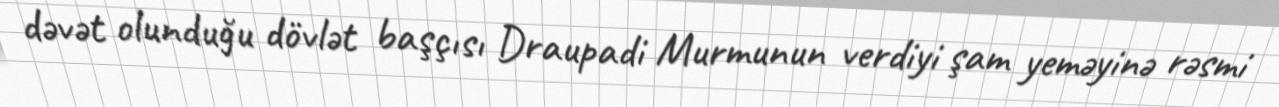
dəvət olunduğu dövlət başçısı Draupadi Murmunun verdiyi şam yeməyinə rəsmi